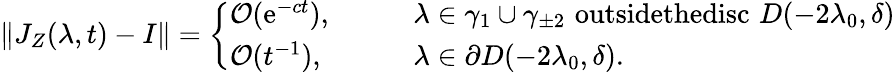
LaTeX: \| J_{Z}(\lambda,t)-I\| =\left\{ \begin{array}{ll}{\mathcal{O}(\mathrm{e}^{-ct}),}&{\qquad\lambda\in\gamma_{1}\cup\gamma_{\pm 2}\, \, \textrm{outsidethedisc}\, \, D(-2\lambda_{0},\delta)}\\ {\mathcal{O}(t^{-1}),}&{\qquad\lambda\in\partial D(-2\lambda_{0},\delta).}\end{array}\right.